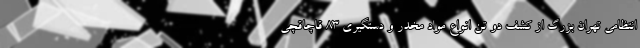
انتظامی تهران بزرگ از کشف دو تن انواع مواد مخدر و دستگیری ۸۳ قاچاقچی